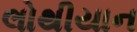
લોથીયાન